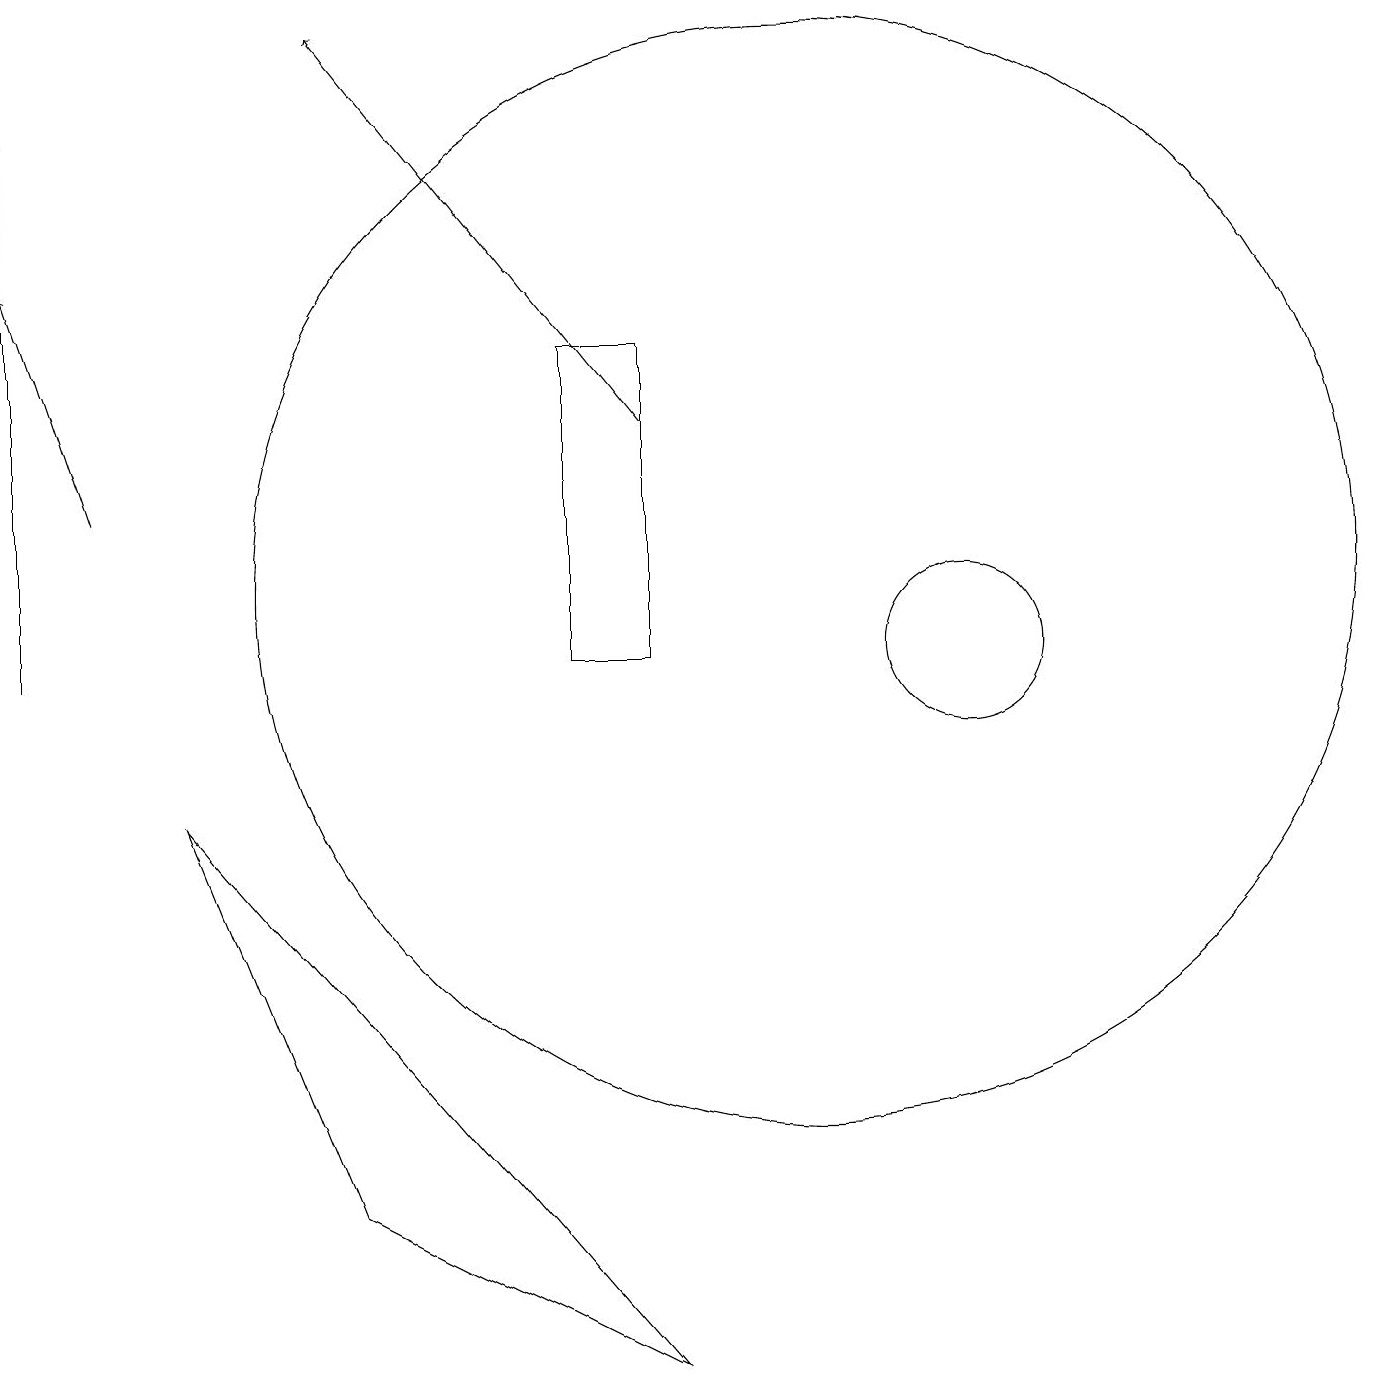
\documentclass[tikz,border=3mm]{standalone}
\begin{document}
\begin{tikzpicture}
\draw (10,11) circle (7);
\draw[->] (0,10) -- (0,17);
\draw[->] (1,12) -- (0,15);
\draw (12,10) circle (1);
\draw (2,8) -- (8,1) -- (4,3) -- cycle;
\draw (8,14) rectangle (7,10);
\draw[->] (8,13) -- (4,18);
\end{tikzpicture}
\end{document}